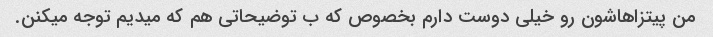
من پیتزاهاشون رو خیلی دوست دارم بخصوص که ب توضیحاتی هم که میدیم توجه میکنن.